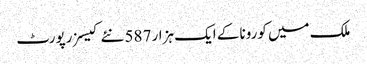
ملک میں کورونا کے ایک ہزار 587 نئے کیسز رپورٹ